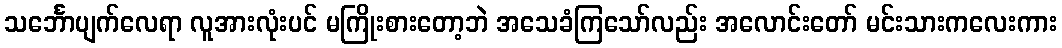
သင်္ဘောပျက်လေရာ လူအားလုံးပင် မကြိုးစားတော့ဘဲ အသေခံကြသော်လည်း အလောင်းတော် မင်းသားကလေးကား